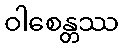
ဝါစေန္တဿ